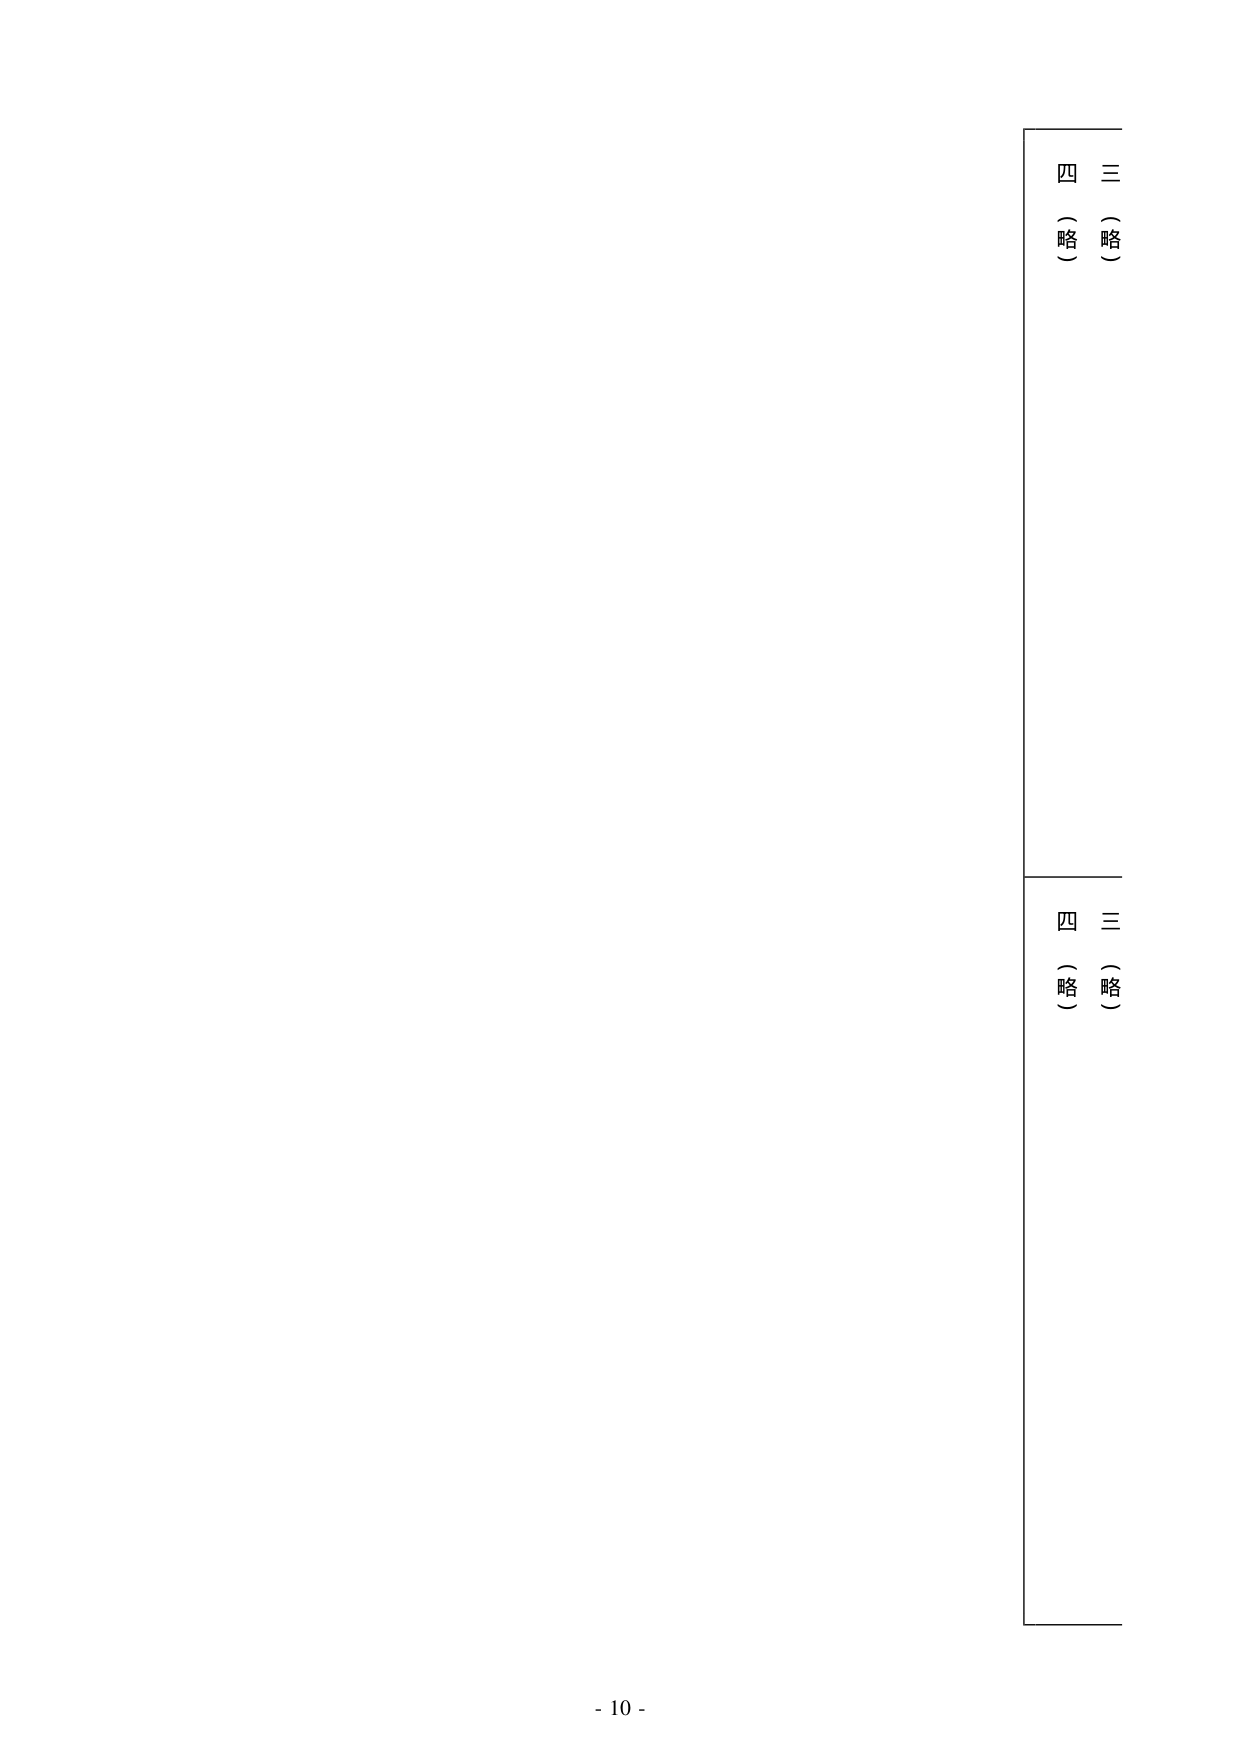
四（略）
三（略）
四（略）
三（略）
- 10 -